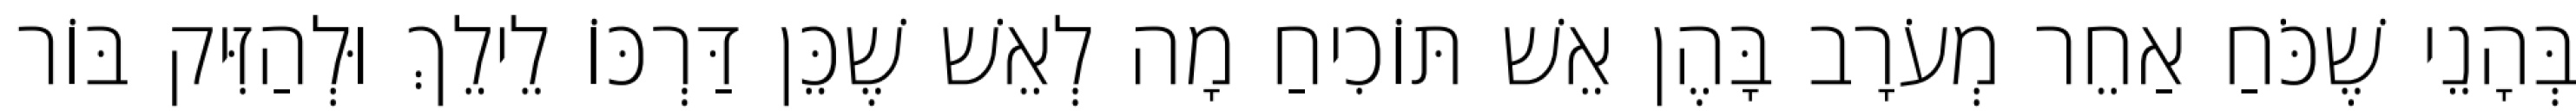
בְּהָנֵי שֶׁכֹּחַ אַחֵר מְעֹרָב בָּהֶן אֵשׁ תּוֹכִיחַ מָה לְאֵשׁ שֶׁכֵּן דַּרְכּוֹ לֵילֵךְ וּלְהַזִּיק בּוֹר